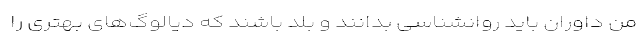
من داوران باید روانشناسی بدانند و بلد باشند که دیالوگ‌های بهتری را